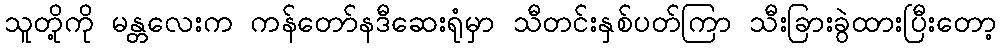
သူတို့ကို မန္တလေးက ကန်တော်နဒီဆေးရုံမှာ သီတင်းနှစ်ပတ်ကြာ သီးခြားခွဲထားပြီးတော့